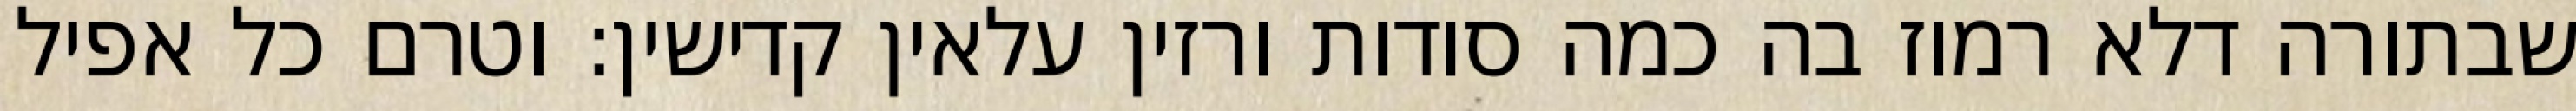
שבתורה דלא רמוז בה כמה סודות ורזין עלאין קדישין: וטרם כל אפיל